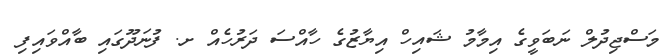
މަސްޖިދުލް ނަބަވީގެ އިމާމު ޝައިހް އިޔާޒުގެ ހާއްސަ ދަރުހެއް ށ. ފުނަދޫގައި ބާއްވައިފި